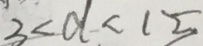
3 < d < 1 5